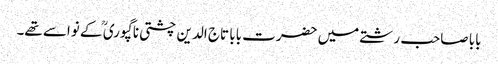
بابا صاحب رشتے میں حضرت بابا تاج الدین چشتی نا گپوری ؒ کے نواسے تھے۔